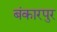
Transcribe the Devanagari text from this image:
बंकारपुर